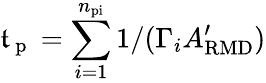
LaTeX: \mathfrak{t}_{\mathrm{{~p~}}}=\sum_{i=1}^{n_{\mathrm{{pi}}}}1/(\Gamma_{i}A_{\mathrm{{RMD}}}^{\prime})